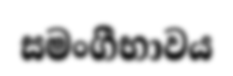
සමංගීභාවය